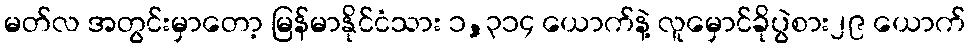
မတ်လ အတွင်းမှာတော့ မြန်မာနိုင်ငံသား ၁,၃၁၄ ယောက်နဲ့ လူမှောင်ခိုပွဲစား၂၉ ယောက်